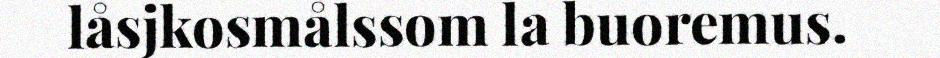
låsjkosmålssom la buoremus.